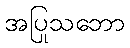
အပြုသဘော